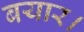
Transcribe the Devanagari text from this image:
बयार।